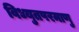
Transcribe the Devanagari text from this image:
विध्युतपरमाणु